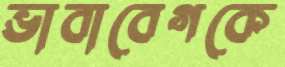
ভাবাবেগকে